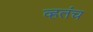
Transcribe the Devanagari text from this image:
व्हतंच